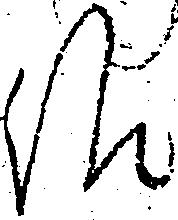
候